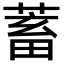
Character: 蓄